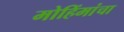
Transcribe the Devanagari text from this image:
मोहिंमांचा